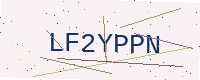
Text: LF2YPPN